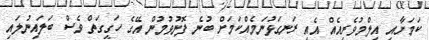
ކަމަށާއި އިލްމުވެރިއެއް އެއީ ރަނގަޅުނަމެއްކަމަށް ބުނެ ފޮނުވުމުން އޭގެ ހަގީގަތް ވެސް ބަލައިނުލައި